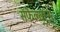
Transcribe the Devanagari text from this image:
सेफेल्यूरस